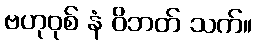
ဗဟုဝုစ် နံ ဝိဘတ် သက်။